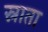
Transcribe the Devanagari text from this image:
स्नाता